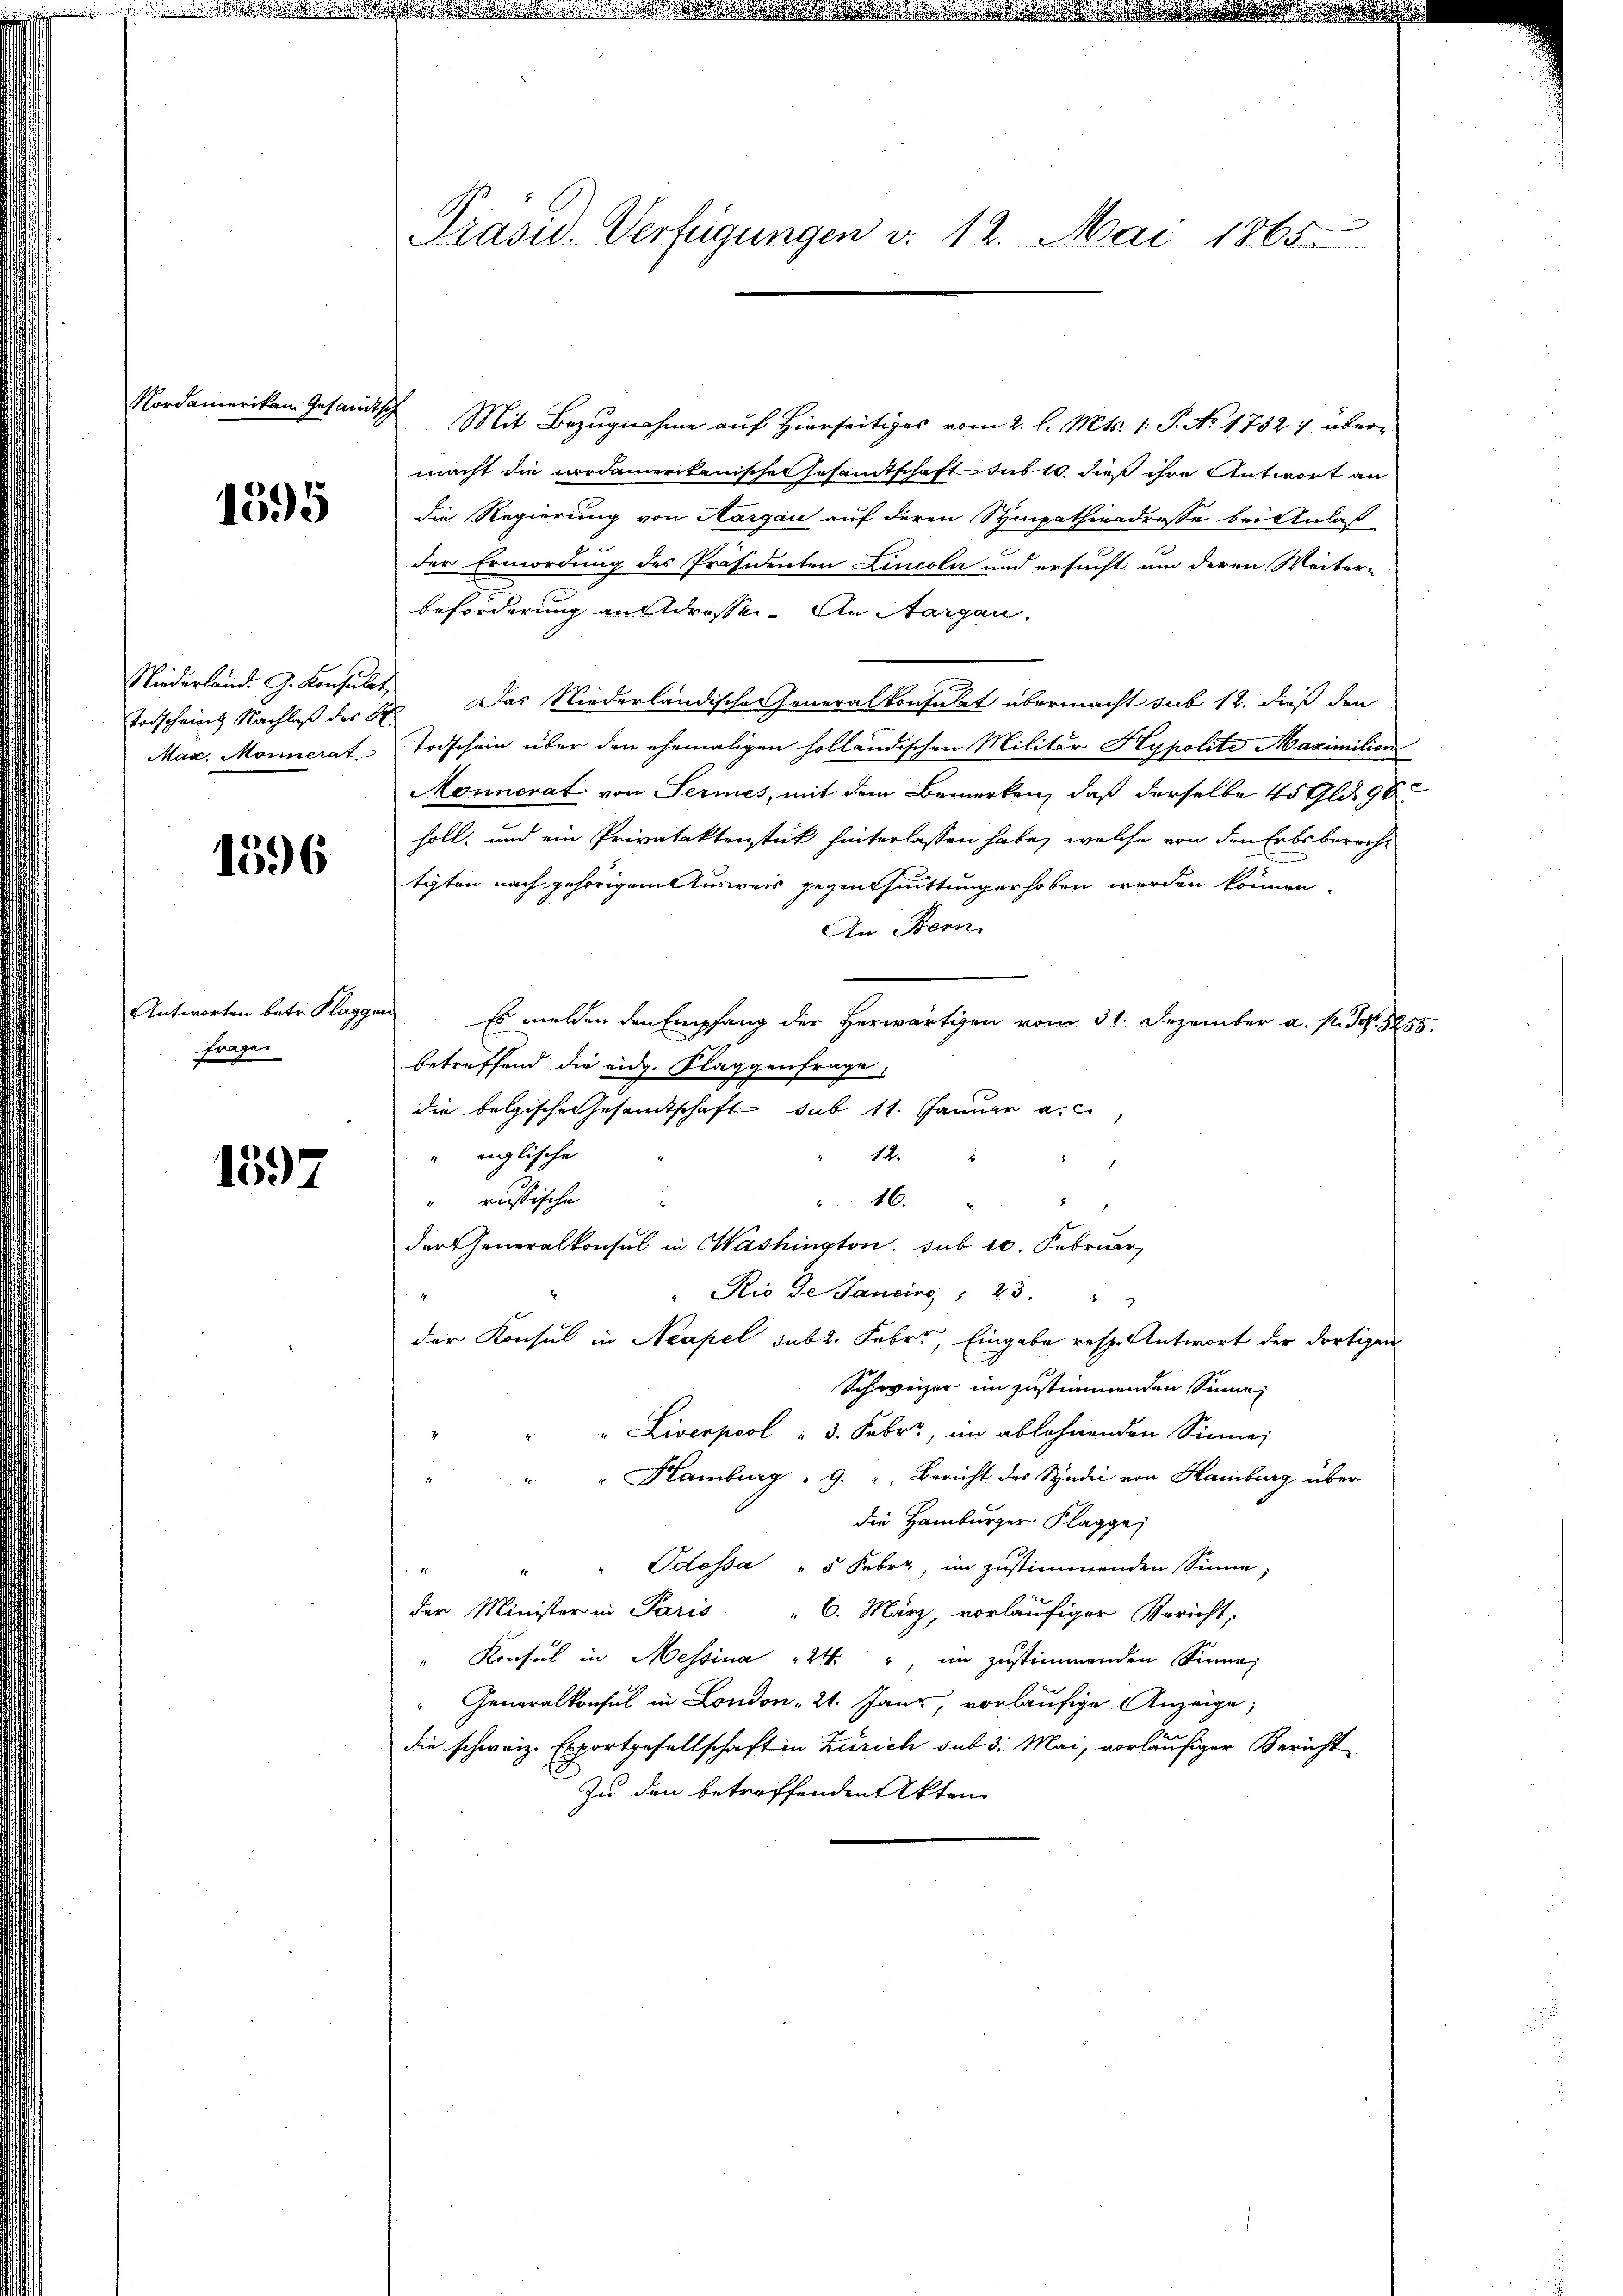
e

Nordamerikan Gesandtsch

1595

Niederland. G. Konsulat,

1596

Antworten betr. Flagg
frage.

1597

Präsid. Verfügungen d. 12. Mai 1865.

Mit Bezugnahme auf hierseitiges vom 2. l. Mts. 1. P. No 1732 1 übermacht die nordamerikanische Gesamtschaft sub 10. dieß ihre Antwort an
die Regierung von Aargau auf deren Sympathieadresse bei Anlaß
der Ermordung des Präsidenten Lincoln und ersucht um deren Weitern
beförderung an Adresse. An Aargau.
Todscheins Nachlaß des 8. Das Niederländische Generalkonsulat übermacht sub 12. dieß den
Max. Monnerat Todschein über den ehemaligen holländischen Militär Hypolite Maximilien
Monnerat von Sermes, mit dem Bemerken, daß derselbe 45 Gld. 96
soll, und ein Privataktenstück hinterlassen habe, welche von den Erbsberecht
tigten nach gehörigem Ausweis gegensseittung erhoben werden können.
An Fern
au
Es melden den Empfang der Herwärtigen vom 31. Dezember a. p. S. 3255.
betreffend die eidg. Klaggenfrage,
die belgische Gesamtschaft sub 11. Januar a.c.
inglische
12. 2
russische
46.
.
der Generalkonsul in Washington, sub 10. Februar,
"Rio de Janeiro 23. "
der Konsul in Neapel subt. Fabri, Eingabe resp. Antwort der dortigen
Schweizer im zustimmenden Sinne,
" Liverpool " 3. Febr., im ablehnenden Sinne,
" Hamburg " 9. " Bericht des Syndii von Hamburg über
2
die Hamburger Klagge
" Odessa " 5 Fabri, im zustimmenden Sinne,
M
der Minister in Paris " 6. März, vorläufiger Bericht,
" Konsul in Messina 24. " in zustimmenden Sinne
Generalkonsul in London " 21. Janz, vorläufige Anzeige,
die schweiz. Exportgesellschaft in Zürich sub 3. Mai, vorläufiger Bericht
In den betreffenden Akten